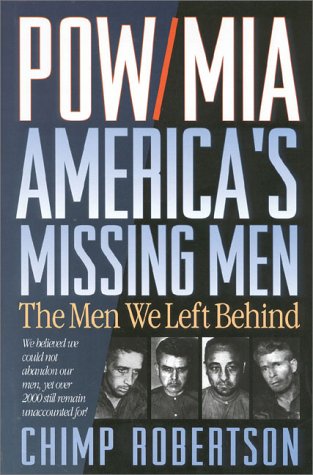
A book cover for POW/MIA: America's Missing Men: The Men We Left Behind; Chimp Robertson; History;